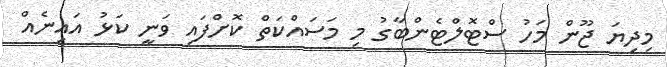
މިދިޔަ ޖޫން މަހު ސްޓޮލްޓެންބާގު މި މަސައްކަތް ކޮށްފައި ވަނީ ކަޅު އައިނެއް